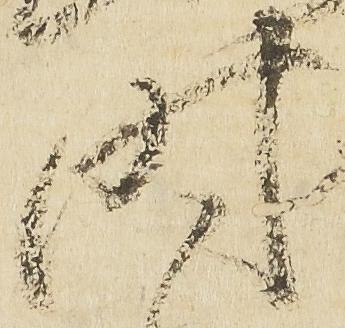
時